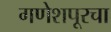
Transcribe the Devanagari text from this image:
गणेशपूरचा